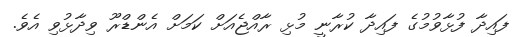
ފައިދާ ފުޅާވުމުގެ ފައިދާ ކުރާނީ މުޅި ރާއްޖެއަށް ކަމަށް އެންޑްރޫ ވިދާޅުވި އެވެ.